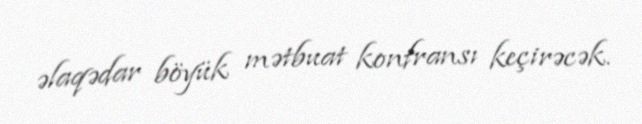
əlaqədar böyük mətbuat konfransı keçirəcək.